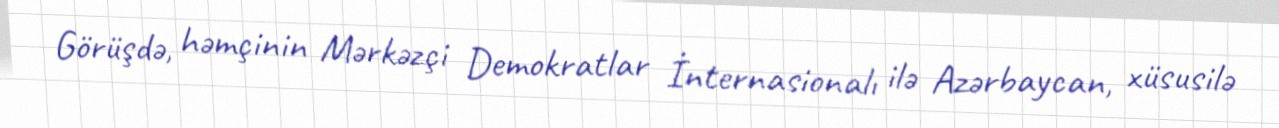
Görüşdə, həmçinin Mərkəzçi Demokratlar İnternasionalı ilə Azərbaycan, xüsusilə